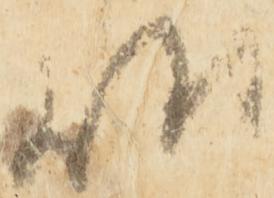
候